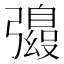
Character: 𫹀